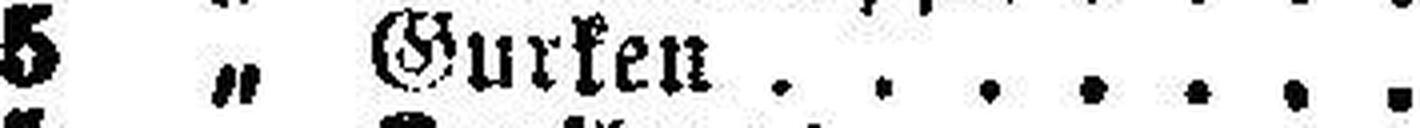
5 „ Gurken